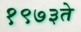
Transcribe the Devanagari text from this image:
१९७३ते